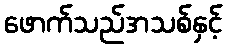
ဖောက်သည်အသစ်နှင့်